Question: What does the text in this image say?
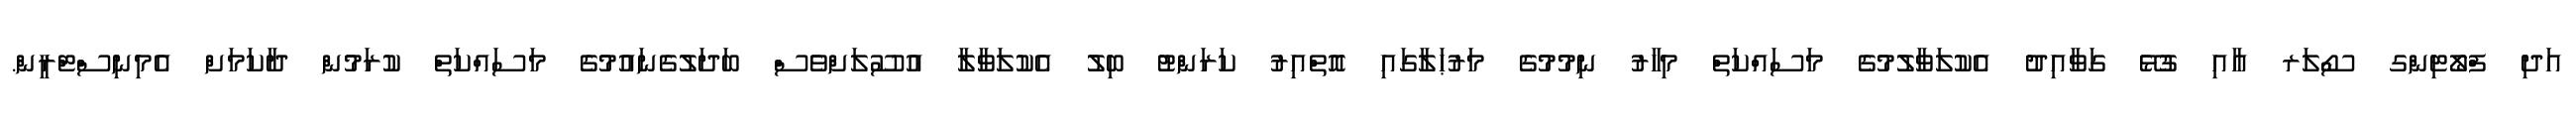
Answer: އަދި ފްލޯޓިންގ ސޯލަރ އާއި ގުޅޭ ގަވާއިދު އެކުލަވާލުމުގެ މަސައްކަތް މިހާރު ނިމުމުގެ މަރުޙަލާގައި އޮތްއިރު ކަރަންޓު ބިލު އެކުލަވާލާ އުސޫލަށްވެސް ބަދަލުގެނައުމުގެ މަސައްކަތް ކުރަމުން ދާކަމަށް އެމިނިސްޓްރީން.